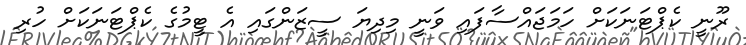
ރޫނީ ކެޕްޓަނަކަށް ހަމަޖައްސާފައި ވަނީ މިދިޔަ ސީޒަންގައި އެ ޓީމުގެ ކެޕްޓަނަކަށް ހުރި